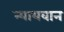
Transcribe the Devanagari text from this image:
न्यायवान